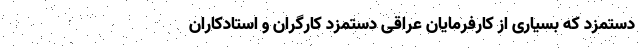
دستمزد که بسیاری از کارفرمایان عراقی دستمزد کارگران و استادکاران